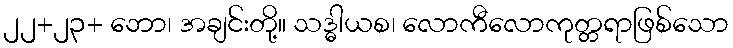
၂၂+၂၃+ ဘော၊ အချင်းတို့။ သဒ္ဓါယစ၊ လောကီလောကုတ္တရာဖြစ်သော